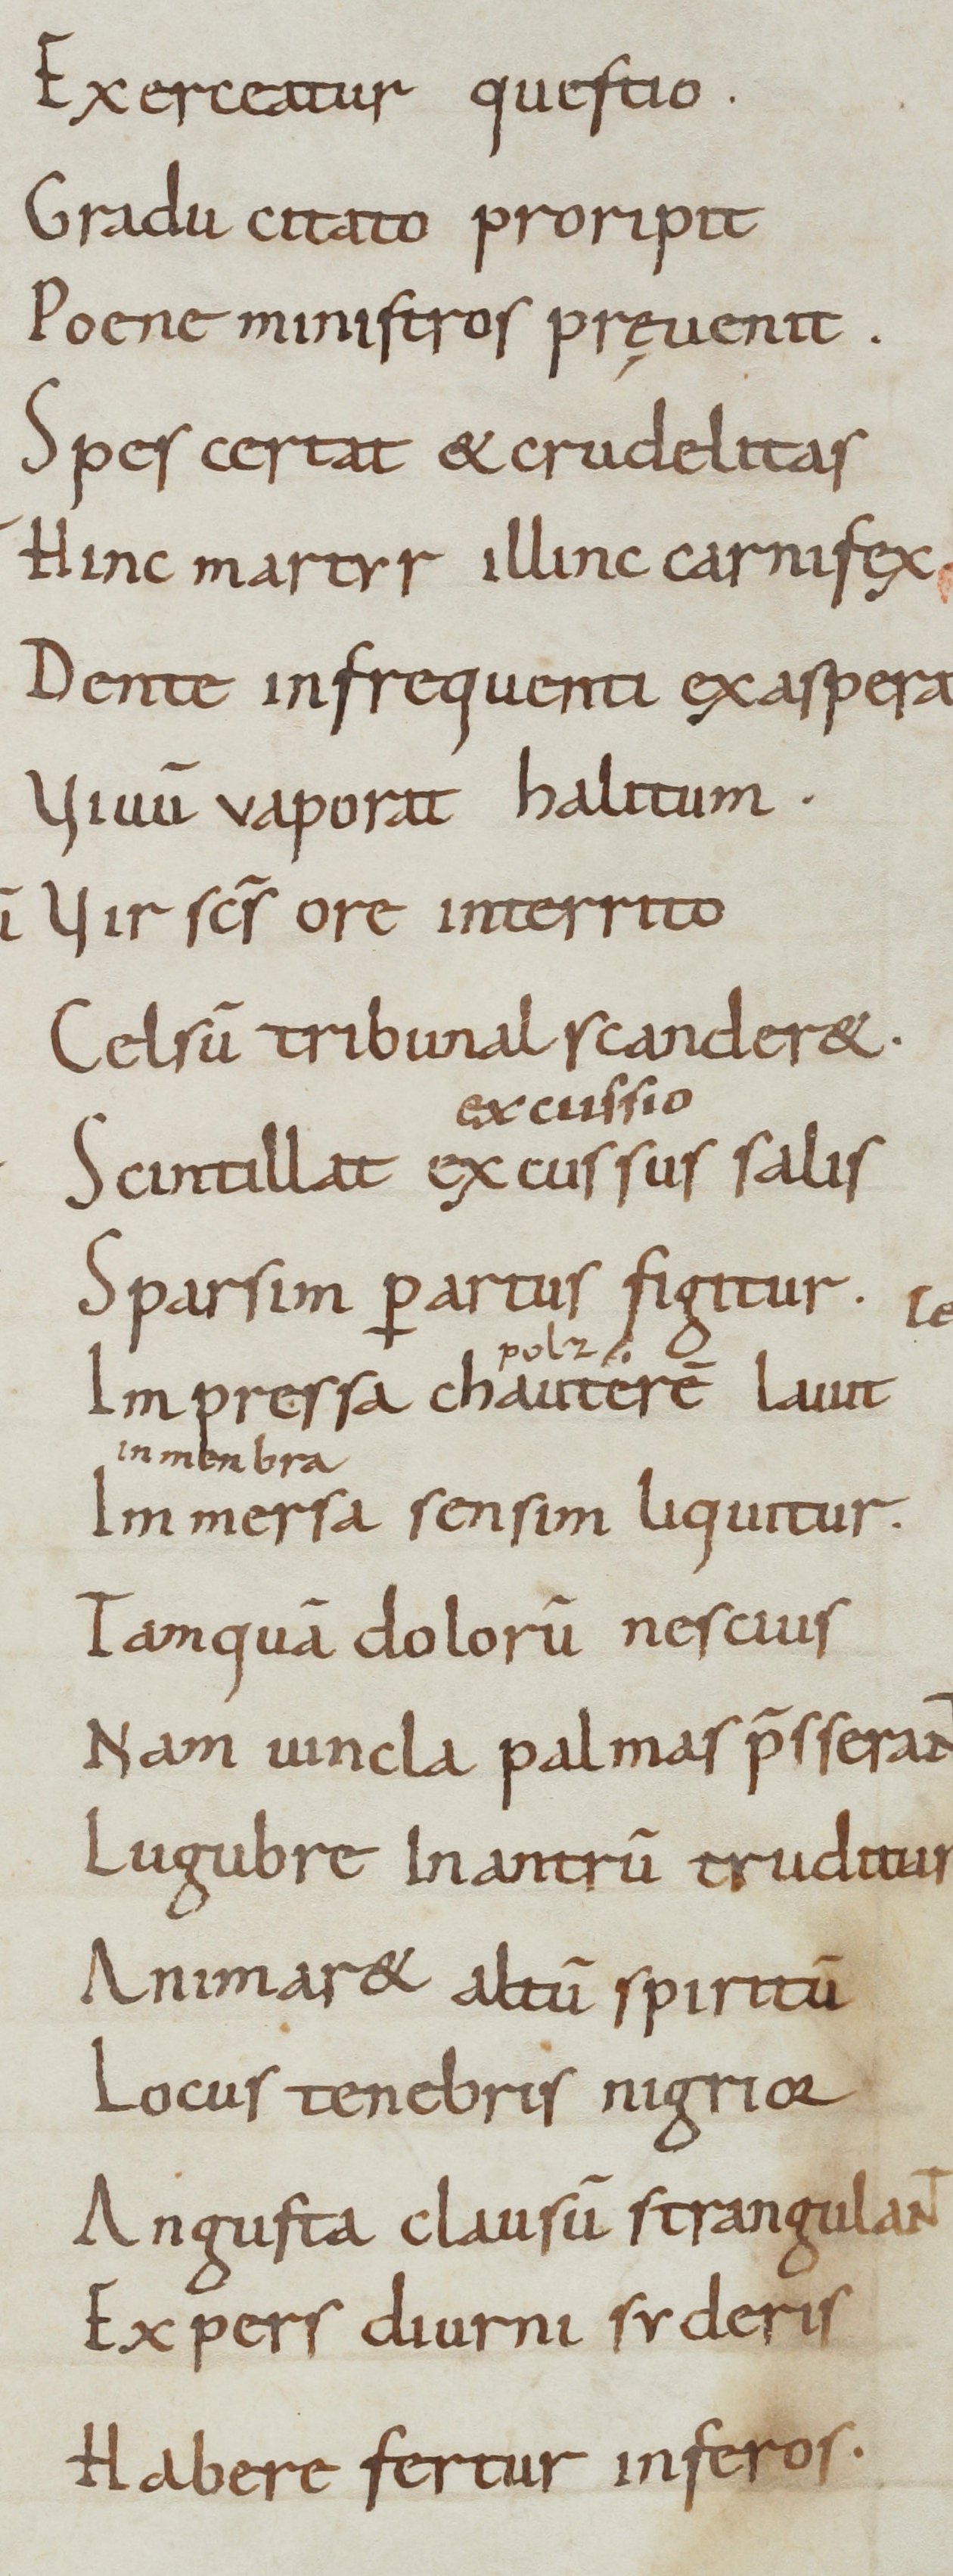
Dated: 900–999